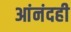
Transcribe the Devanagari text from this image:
आंनंदही